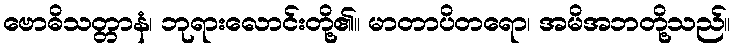
ဗောဓိသတ္တာနံ၊ ဘုရားလောင်းတို့၏။ မာတာပိတရော၊ အမိအဘတို့သည်။